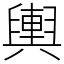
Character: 輿